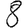
Digit: 8